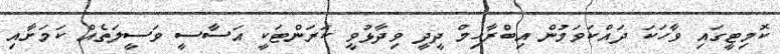
ކޮމިޓީގައި ވާހަކަ ދައްކަވަމުން އިބްރާހިމް ދީދީ ވިދާޅުވީ ކަރަންޓަކީ އަސާސީ ވަސީލަތެއް ކަމަށާއި